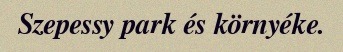
Szepessy park és környéke.